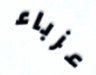
عزباء